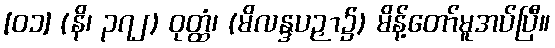
[၀၁] (နိ၊ ၃၇၂) ဝုတ္ထံ၊ (မိလန္ဒပဉှာ၌) မိန့်တော်မူအပ်ပြီ။